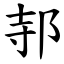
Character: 邿